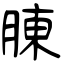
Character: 腖